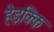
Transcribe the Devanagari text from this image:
हेइक्कि